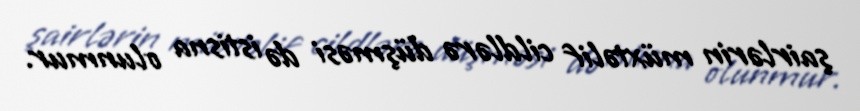
şairlərin müxtəlif cildlərə düşməsi də istisna olunmur.